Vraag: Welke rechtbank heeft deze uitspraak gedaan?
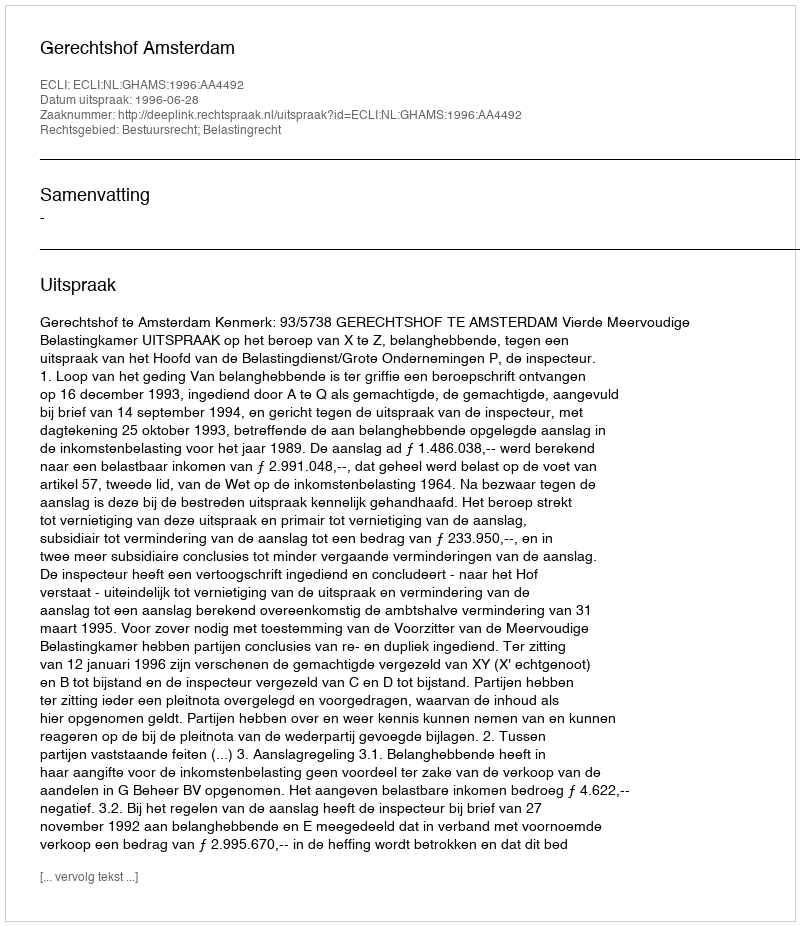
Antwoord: Gerechtshof Amsterdam